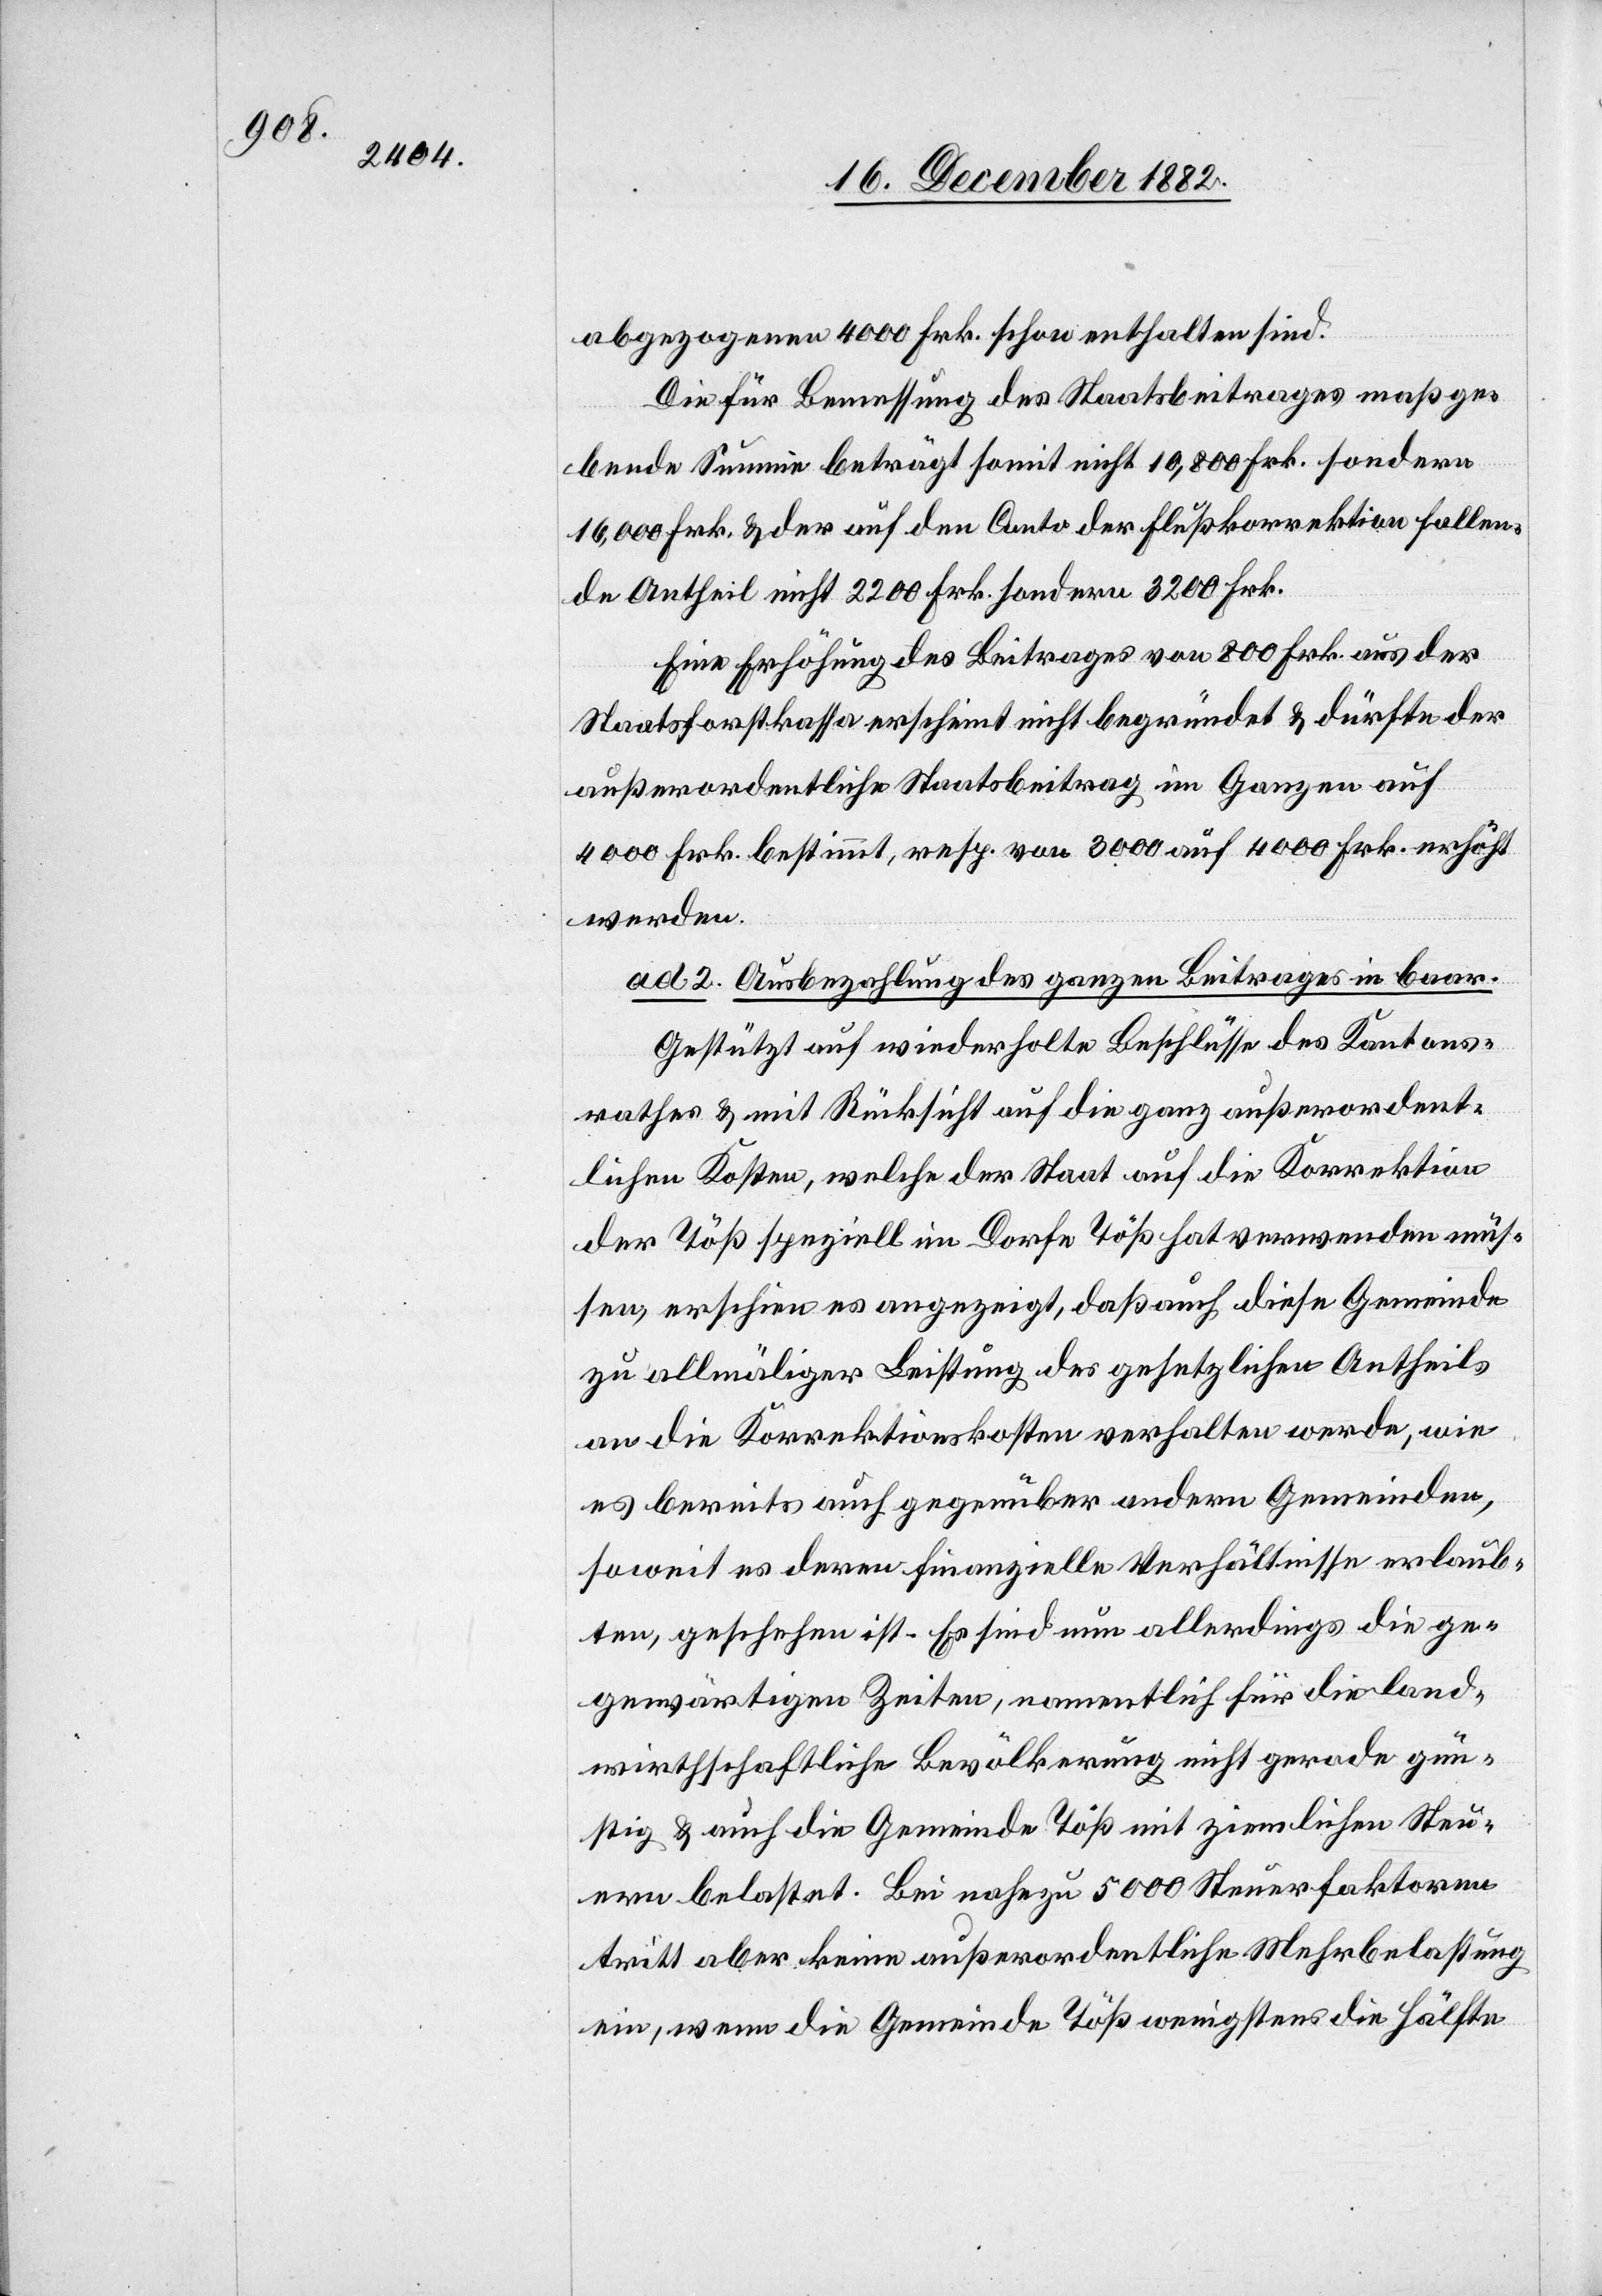
abgezogenen 4000 Frk. schon enthalten sind.
Die für Bemessung des Staatsbeitrages maßge¬
bende Summe beträgt somit nicht 10,800 Frk. sondern
16,000 Frk. & der auf den Conto der Flußkorrektion fallen¬
de Antheil nicht 2200 Frk. sondern 3200 Frk.
Eine Erhöhung des Beitrages von 800 Frk. aus der
Staatsforstkassa erscheint nicht begründet & dürfte der
außerordentliche Staatsbeitrag im Ganzen auf
4000 Frk. bestimmt, resp. von 3000 auf 4000 Frk. erhöht
werden.
ad 2. Ausbezahlung des ganzen Beitrages in baar.
Gestützt auf wiederholte Beschlüsse des Kantons¬
rathes & mit Rücksicht auf die ganz außerordent¬
lichen Kosten, welche der Staat auf die Korrektion
der Töß speziell im Dorfe Töß hat verwenden müs¬
sen, erschien es angezeigt, das auch diese Gemeinde
zu allmäliger Leistung des gesetzlichen Antheils
an die Korrektionskosten verhalten werde, wie
es bereits auch gegenüber andern Gemeinden,
soweit es deren finanzielle Verhältnisse erlaub¬
ten, geschehen ist. Es sind nun allerdings die ge¬
genwärtigen Zeiten, namentlich für die land¬
wirthschaftliche Bevölkerung nicht gerade gün¬
stig & auch die Gemeinde Töß mit ziemlichen Steu¬
ern belastet. Bei nahezu 5000 Steuerfaktoren
tritt aber keine außerordentliche Mehrbelastung
ein, wenn die Gemeinde Töß wenigstens die Hälfte